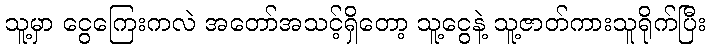
သူ့မှာ ငွေကြေးကလဲ အတော်အသင့်ရှိတော့ သူ့ငွေနဲ့ သူ့ဇာတ်ကားသူရိုက်ပြီး